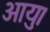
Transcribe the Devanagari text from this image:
आयु।